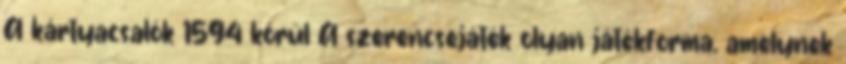
A kártyacsalók 1594 körül A szerencsejáték olyan játékforma, amelynek